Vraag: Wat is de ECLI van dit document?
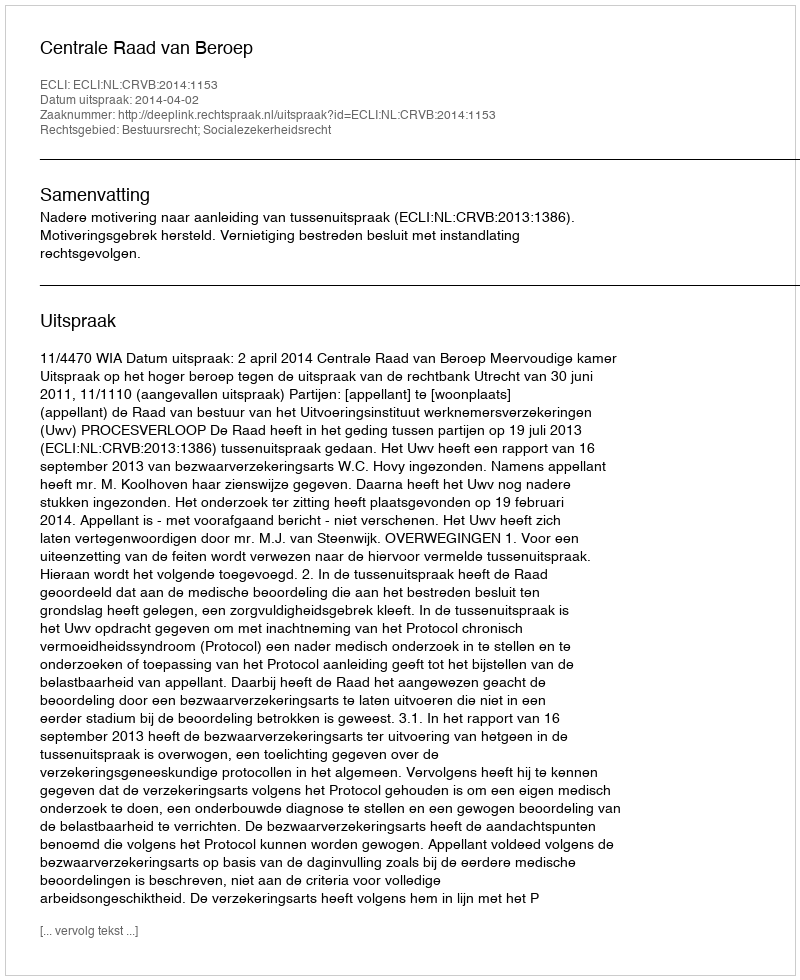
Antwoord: ECLI:NL:CRVB:2014:1153